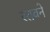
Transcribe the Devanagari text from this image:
स्तवने